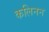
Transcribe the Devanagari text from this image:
कलिनन